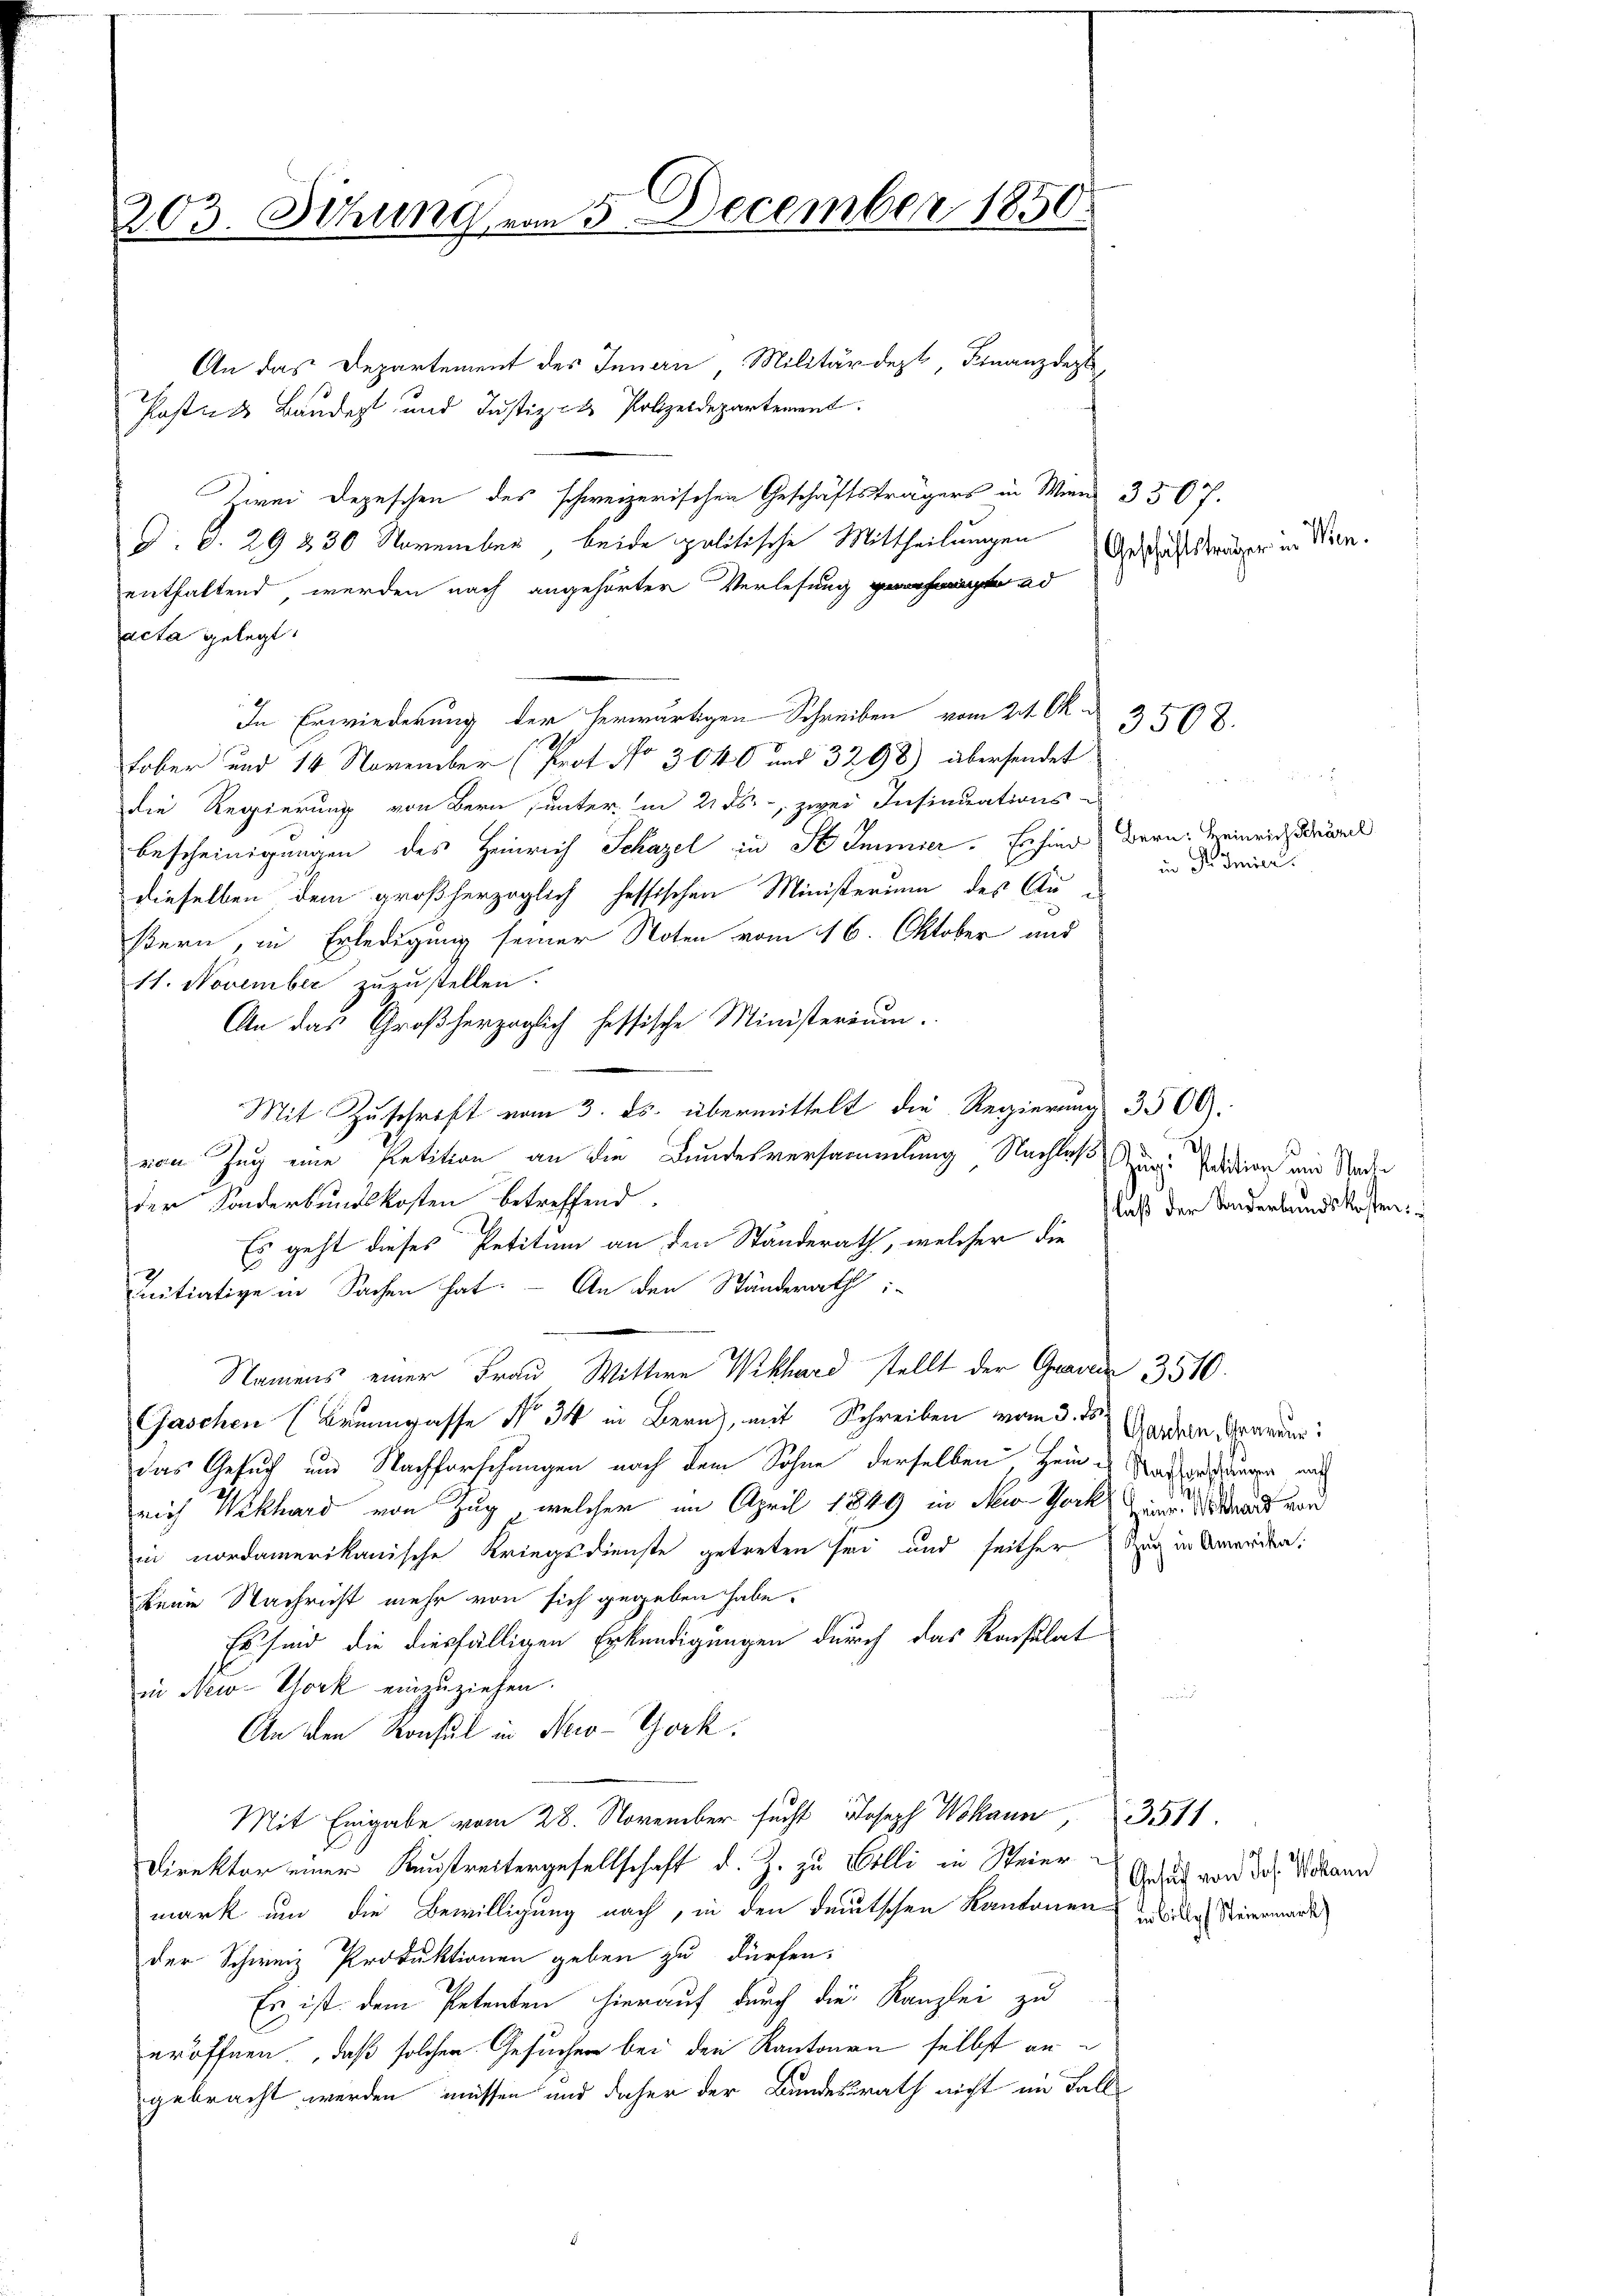
203. Sitzung vom 5. December 1850.

An das Departement des Innern, Militärdept, Finanzdep
Plasten Baudert und Justiz- & Polizeidepartement
Zwei Depeschen des schweizerischen Geschäftsträgers in Wien 3507.
d. d. 29 230 November, beide politische Mittheilungen
enthaltend werden nach angehörter Verlesung geahmte ad
acta gelegt.
In Erwiederung der herwärtigen Schreiben vom 24. Ok
Fober und 14 November (Prot. No 3040 und 3298) übersendet
die Regierung von Bern unter in 2. ds. zwei Insinuations-
bescheinigungen des Heinrich Schazel in St. Immier. Er sind Bern. Heinrich die
dieselben dem großherzoglich heffischen Ministerium des Au-
ßern, in Erledigung seiner Noten vom 16. Oktober und
11. November zuzustellen.
An das Großherzoglich hessische Ministerium.
Mit Zuschrift vom 3. ds. übermittelt die Regierung 3500.
von Zug eine Petition an die Bundesversammlung Nachlaß und Petition und Naden
der Sonderbungskosten betreffend.
Es geht dieses Petitum an den Ständerath, welcher die
Initiative in Sachen hat. – An den Ständerath i
Namens einer Frau Wittwe Wekhard stellt der Gnade 3510.
Gaschen (Brunngasse No. 34 in Bern, mit Schreiben vom 3. ds Geden Grauen:
das Gesuch und Nachforschungen nach dem Sohne derselben, Heides Nachacune mich
mich Wekhard von Zug, welcher im April 1849 in Mein Socke und von
in nordamerikanische Kriegsdienste getreten sei und seither Zug in Werden:
keine Nachricht mehr von sich gegeben habe.
Es sind die diesfälligen Erkundigungen durch das Konsulat
in New-York einzuziehen.
An den Konsul in New-York
M vom 28. Novem Joseph W3511.
Direktor einer Kunstreitergesellschaft d. Z. zu Wolli in Steier
mark und die Bewilligung nach, in den deutschen Kantonenrech Steiermande
der Schweiz Produktionen geben zu dürfen.
Es ist dem Petenten hierauf durch die Kanzlei zu
eröffnen, daß solcher Gesuchen bei den Kantonen selbst an
gebracht werden müssen und daher der Bundesrath nicht im Fall

Geschäftsträger in Num.

3508.

in Dr Smier.

laß der Sonderbundskosten:

Gesuch von Jos. Wohann

el